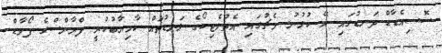
ސޮސިއެޑާޑް ދަނޑުގައި ރޭ ކުޅުނު މެޗުގައި އެތުލެޓިކޯގެ ލަނޑުތައް ކާމިޔާބުކުރީ ފްރާންސްގެ ފޯވާޑް